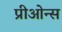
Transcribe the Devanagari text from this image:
प्रीओन्स